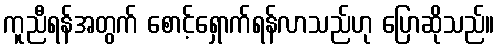
ကူညီရန်အတွက် စောင့်ရှောက်ရန်လာသည်ဟု ပြောဆိုသည်။